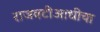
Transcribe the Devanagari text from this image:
राजवटीआधीचा